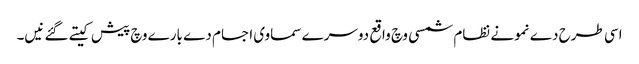
اسی طرح دے نمونے نظام شمسی وچ واقع دوسرے سماوی اجسام دے بارے وچ پیش کیتے گئے نیں۔